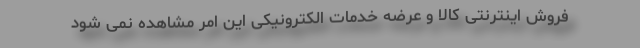
فروش اینترنتی کالا و عرضه خدمات الکترونیکی این امر مشاهده نمی شود